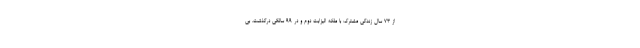
از 73 سال زندگی مشترک با ملکه الیزابت دوم و در 99 سالگی درگذشت. بی